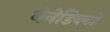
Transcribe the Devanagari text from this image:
बेनेडिक्टो